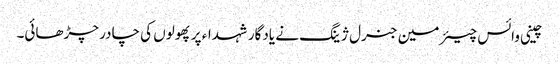
چینی وائس چیئرمین جنرل ژینگ نے یادگار شہداء پر پھولوں کی چادر چڑھائی۔